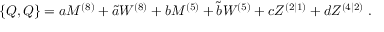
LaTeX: { } \{ Q , Q \} = a M ^ { ( 8 ) } + \tilde { a } W ^ { ( 8 ) } + b M ^ { ( 5 ) } + \tilde { b } W ^ { ( 5 ) } + c Z ^ { ( 2 | 1 ) } + d Z ^ { ( 4 | 2 ) } \, \, .